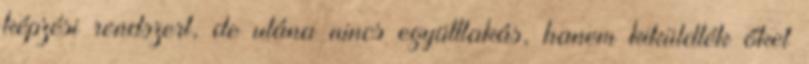
képzési rendszert, de utána nincs együttlakás, hanem kiküldték őket